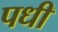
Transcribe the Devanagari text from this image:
पधी